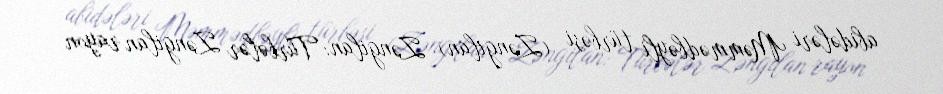
abidələri Məmmədbəyli türbəsi (Zəngilan) Zəngilan: Türbələr Zəngilan rayon